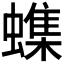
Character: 𫋝